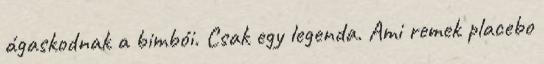
ágaskodnak a bimbói. Csak egy legenda. Ami remek placebo